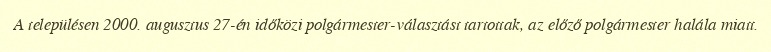
A településen 2000. augusztus 27-én időközi polgármester-választást tartottak, az előző polgármester halála miatt.